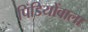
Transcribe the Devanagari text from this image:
पिंडियोंवाला